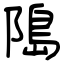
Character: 﨩